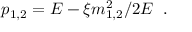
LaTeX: p _ { 1 , 2 } = E - \xi m _ { 1 , 2 } ^ { 2 } / 2 E \; \; .